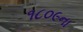
૧૮૦૯ના